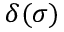
\delta ( \sigma )